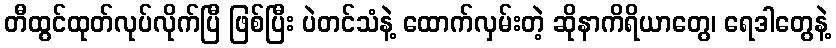
တီထွင်ထုတ်လုပ်လိုက်ပြီ ဖြစ်ပြီး ပဲတင်သံနဲ့ ထောက်လှမ်းတဲ့ ဆိုနာကိရိယာတွေ၊ ရေဒါတွေနဲ့